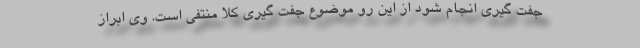
جفت گیری انجام شود از این رو موضوع جفت گیری کلاً منتفی است. وی ابراز